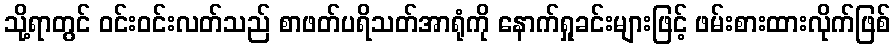
သို့ရာတွင် ဝင်းဝင်းလတ်သည် စာဖတ်ပရိသတ်အာရုံကို နောက်ရှုခင်းများဖြင့် ဖမ်းစားထားလိုက်ဖြစ်